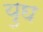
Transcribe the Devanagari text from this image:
युघ